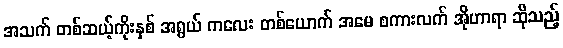
အသက် တစ်ဆယ့်ကိုးနှစ် အရွယ် ကလေး တစ်ယောက် အမေ စကားလက် အိုဟာရာ ဆိုသည့်